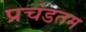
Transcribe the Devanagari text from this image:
प्रचंडतम